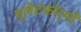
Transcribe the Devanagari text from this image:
प्लेटफोर्मों